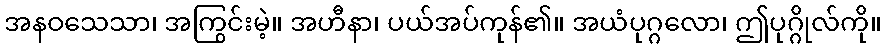
အနဝသေသာ၊ အကြွင်းမဲ့။ အဟီနာ၊ ပယ်အပ်ကုန်၏။ အယံပုဂ္ဂလော၊ ဤပုဂ္ဂိုလ်ကို။